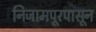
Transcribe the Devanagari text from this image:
निजामपूरपासून